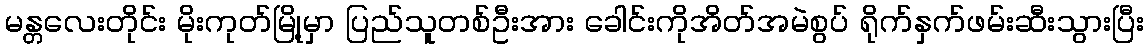
မန္တလေးတိုင်း မိုးကုတ်မြို့မှာ ပြည်သူတစ်ဦးအား ခေါင်းကိုအိတ်အမဲစွပ် ရိုက်နှက်ဖမ်းဆီးသွားပြီး